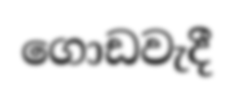
ගොඩවැදී